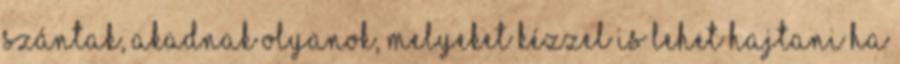
szántak, akadnak olyanok, melyeket kézzel is lehet hajtani ha